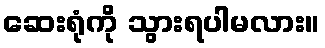
ဆေးရုံကို သွားရပါမလား။